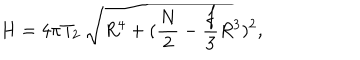
H = 4 \pi T _ { 2 } \ \sqrt { R ^ { 4 } + ( \frac { N } { 2 } - \frac { f } { 3 } R ^ { 3 } ) ^ { 2 } } ,